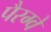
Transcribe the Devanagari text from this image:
पैरग्वे